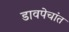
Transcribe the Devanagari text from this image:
डावपेचांत